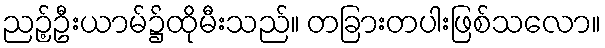
ညဉ့်ဦးယာမ်၌ထိုမီးသည်။ တခြားတပါးဖြစ်သလော။